Scottish Certificate of Education, 1962
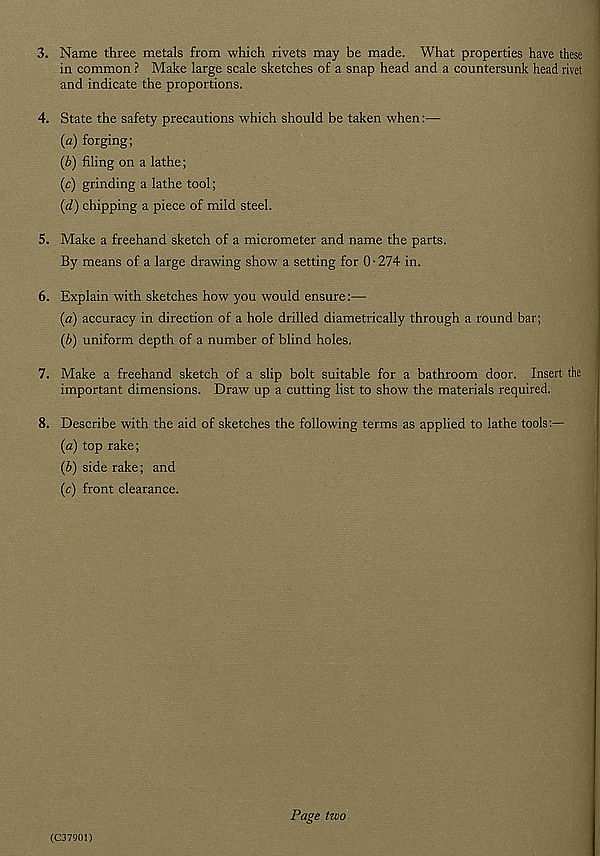
3. Name three metals from which rivets may be made. What properties have these
in common ? Make large scale sketches of a snap head and a countersunk head rivet
and indicate the proportions.
4. State the safety precautions which should be taken when:—
(a) forging;
(b) filing on a lathe;
(c) grinding a lathe tool;
(d) chipping a piece of mild steel.
5. Make a freehand sketch of a micrometer and name the parts.
By means of a large drawing show a setting for 0*274 in.
6. Explain with sketches how you would ensure:—
(a) accuracy in direction of a hole drilled diametrically through a round bar;
(b) uniform depth of a number of blind holes.
7. Make a freehand sketch of a slip bolt suitable for a bathroom door. Insert the
important dimensions. Draw up a cutting list to show the materials required.
8. Describe with the aid of sketches the following terms as applied to lathe tools:—
(a) top rake;
(b) side rake; and
(c) front clearance.
(C37901)
Page fzvo